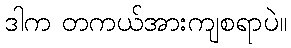
ဒါက တကယ်အားကျစရာပဲ။